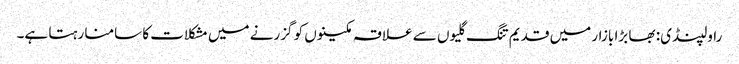
راولپنڈی: بھا بڑا بازار میں قدیم تنگ گلیوں سے علاقہ مکینوں کو گزرنے میں مشکلات کا سامنا رہتا ہے۔